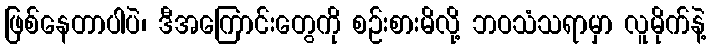
ဖြစ်နေတာပါပဲ၊ ဒီအကြောင်းတွေကို စဉ်းစားမိလို့ ဘဝသံသရာမှာ လူမိုက်နဲ့